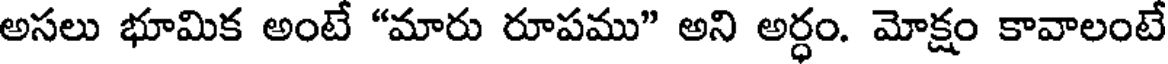
అసలు భూమిక అంటే "మారు రూపము" అని అర్ధం. మోక్షం కావాలంటే